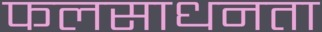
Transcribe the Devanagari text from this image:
फलसाधनता